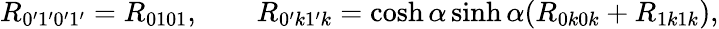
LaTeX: R_{0^{\prime}1^{\prime}0^{\prime}1^{\prime}}=R_{0101},\qquad R_{0^{\prime}k1^{\prime}k}=\cosh\alpha\sinh\alpha(R_{0k0k}+R_{1k1k}),